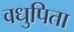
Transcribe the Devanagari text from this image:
वधुपिता